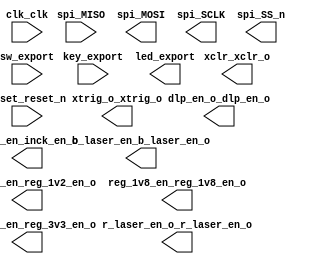

module c5_niosii_spi_slvsec (
	b_laser_en_b_laser_en_o,
	clk_clk,
	dlp_en_o_dlp_en_o,
	inck_en_inck_en_o,
	key_export,
	led_export,
	r_laser_en_o_r_laser_en_o,
	reg_1v2_en_reg_1v2_en_o,
	reg_1v8_en_reg_1v8_en_o,
	reg_3v3_en_reg_3v3_en_o,
	reset_reset_n,
	sw_export,
	xclr_xclr_o,
	xtrig_o_xtrig_o,
	spi_MISO,
	spi_MOSI,
	spi_SCLK,
	spi_SS_n);	

	output		b_laser_en_b_laser_en_o;
	input		clk_clk;
	output		dlp_en_o_dlp_en_o;
	output		inck_en_inck_en_o;
	input		key_export;
	output	[7:0]	led_export;
	output		r_laser_en_o_r_laser_en_o;
	output		reg_1v2_en_reg_1v2_en_o;
	output		reg_1v8_en_reg_1v8_en_o;
	output		reg_3v3_en_reg_3v3_en_o;
	input		reset_reset_n;
	input	[3:0]	sw_export;
	output		xclr_xclr_o;
	output		xtrig_o_xtrig_o;
	input		spi_MISO;
	output		spi_MOSI;
	output		spi_SCLK;
	output		spi_SS_n;
endmodule